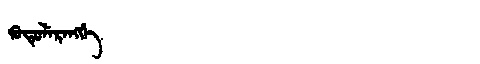
Manchu: ᡴᡠᡨᡠᠯᡝᡵᡝᠩᡤᡝ
Romanization: KUTULERENGGE